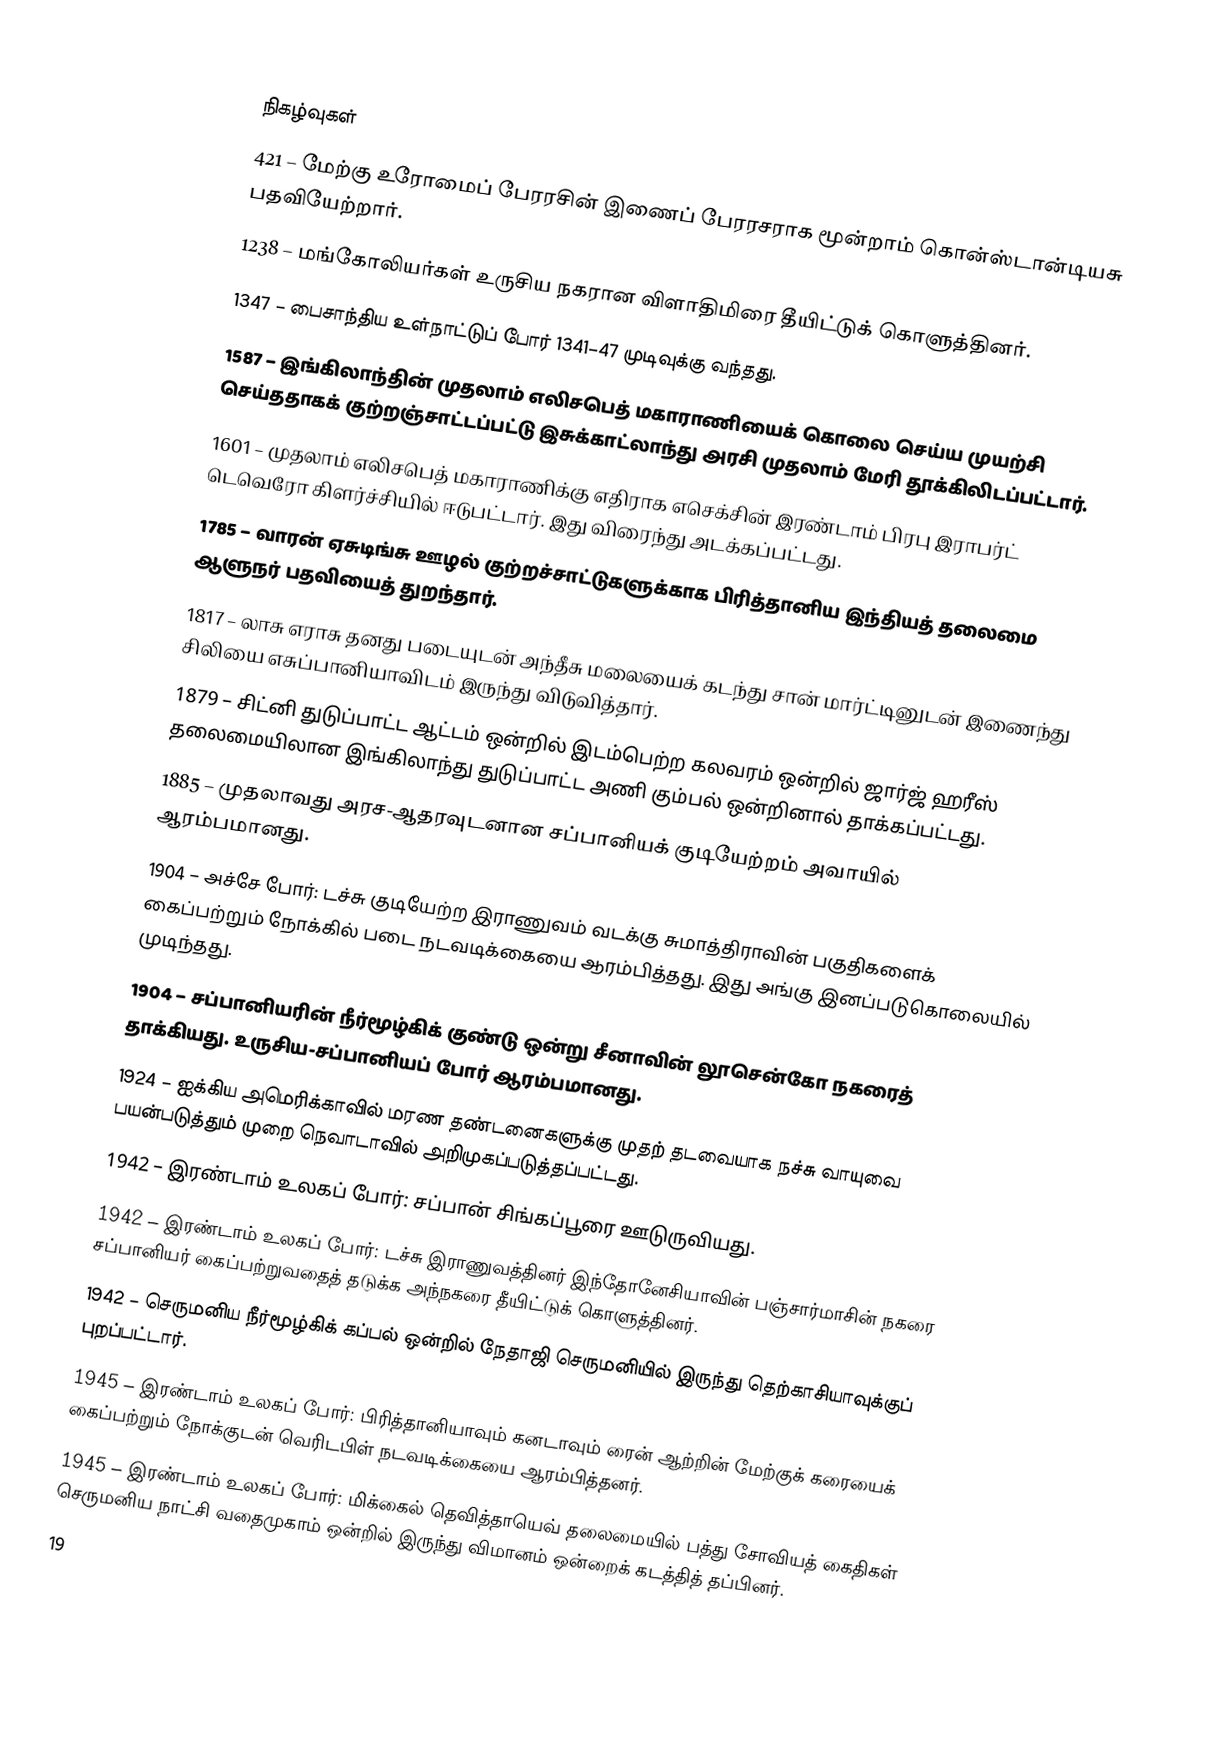

நிகழ்வுகள்
 421 – மேற்கு உரோமைப் பேரரசின் இணைப் பேரரசராக மூன்றாம் கொன்ஸ்டான்டியசு பதவியேற்றார்.
1238 – மங்கோலியர்கள் உருசிய நகரான விளாதிமிரை தீயிட்டுக் கொளுத்தினர்.
1347 – பைசாந்திய உள்நாட்டுப் போர் 1341–47 முடிவுக்கு வந்தது.
1587 – இங்கிலாந்தின் முதலாம் எலிசபெத் மகாராணியைக் கொலை செய்ய முயற்சி செய்ததாகக் குற்றஞ்சாட்டப்பட்டு இசுக்காட்லாந்து அரசி முதலாம் மேரி தூக்கிலிடப்பட்டார்.
1601 – முதலாம் எலிசபெத் மகாராணிக்கு எதிராக எசெக்சின் இரண்டாம் பிரபு இராபர்ட் டெவெரோ கிளர்ச்சியில் ஈடுபட்டார். இது விரைந்து அடக்கப்பட்டது.
1785 – வாரன் ஏசுடிங்சு ஊழல் குற்றச்சாட்டுகளுக்காக பிரித்தானிய இந்தியத் தலைமை ஆளுநர் பதவியைத் துறந்தார்.
1817 – லாசு எராசு தனது படையுடன் அந்தீசு மலையைக் கடந்து சான் மார்ட்டினுடன் இணைந்து சிலியை எசுப்பானியாவிடம் இருந்து விடுவித்தார்.
1879 – சிட்னி துடுப்பாட்ட ஆட்டம் ஒன்றில் இடம்பெற்ற கலவரம் ஒன்றில் ஜார்ஜ் ஹரீஸ் தலைமையிலான இங்கிலாந்து துடுப்பாட்ட அணி கும்பல் ஒன்றினால் தாக்கப்பட்டது.
1885 – முதலாவது அரச-ஆதரவுடனான சப்பானியக் குடியேற்றம் அவாயில் ஆரம்பமானது.
1904 – அச்சே போர்: டச்சு குடியேற்ற இராணுவம் வடக்கு சுமாத்திராவின் பகுதிகளைக் கைப்பற்றும் நோக்கில் படை நடவடிக்கையை ஆரம்பித்தது. இது அங்கு இனப்படுகொலையில் முடிந்தது.
1904 – சப்பானியரின் நீர்மூழ்கிக் குண்டு ஒன்று சீனாவின் லூசென்கோ நகரைத் தாக்கியது. உருசிய-சப்பானியப் போர் ஆரம்பமானது.
1924 – ஐக்கிய அமெரிக்காவில் மரண தண்டனைகளுக்கு முதற் தடவையாக நச்சு வாயுவை பயன்படுத்தும் முறை நெவாடாவில் அறிமுகப்படுத்தப்பட்டது.
1942 – இரண்டாம் உலகப் போர்: சப்பான் சிங்கப்பூரை ஊடுருவியது.
1942 – இரண்டாம் உலகப் போர்: டச்சு இராணுவத்தினர் இந்தோனேசியாவின் பஞ்சார்மாசின் நகரை சப்பானியர் கைப்பற்றுவதைத் தடுக்க அந்நகரை தீயிட்டுக் கொளுத்தினர்.
1942 – செருமனிய நீர்மூழ்கிக் கப்பல் ஒன்றில் நேதாஜி செருமனியில் இருந்து தெற்காசியாவுக்குப் புறப்பட்டார்.
1945 – இரண்டாம் உலகப் போர்: பிரித்தானியாவும் கனடாவும் ரைன் ஆற்றின் மேற்குக் கரையைக் கைப்பற்றும் நோக்குடன் வெரிடபிள் நடவடிக்கையை ஆரம்பித்தனர்.
1945 – இரண்டாம் உலகப் போர்: மிக்கைல் தெவித்தாயெவ் தலைமையில் பத்து சோவியத் கைதிகள் செருமனிய நாட்சி வதைமுகாம் ஒன்றில் இருந்து விமானம் ஒன்றைக் கடத்தித் தப்பினர்.
19